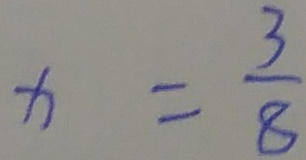
x = \frac { 3 } { 8 }